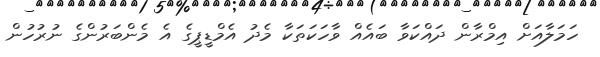
ހަމަލާއަށް އިމްރާން ދައްކަވާ ބައެއް ވާހަކަތަކާ މެދު އެމްޑީޕީގެ އެ މެންބަރުންގެ ނުރުހުން